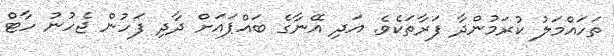
ތަހައްމަލު ކުރަމުންދާ ފަރާތަކެވެ. އަދި އޭނާގެ ބައްޕައަށް ދާދި ފަހުން ޖެހުނު ހާޓް